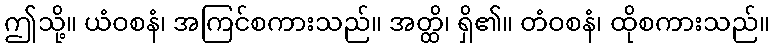
ဤသို့။ ယံဝစနံ၊ အကြင်စကားသည်။ အတ္ထိ၊ ရှိ၏။ တံဝစနံ၊ ထိုစကားသည်။